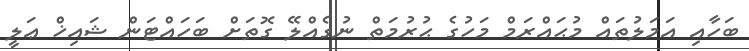
ބަހާއި އަމަލުތައް މުޙައްރަމް މަހުގެ ޙުރުމަތް ނުގެއްލޭ ގޮތަށް ބަހައްޓަން ޝައިޚް ޢަލީ